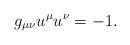
LaTeX: \begin{align*}g_{\mu\nu}u^\mu u^\nu = -1.\end{align*}